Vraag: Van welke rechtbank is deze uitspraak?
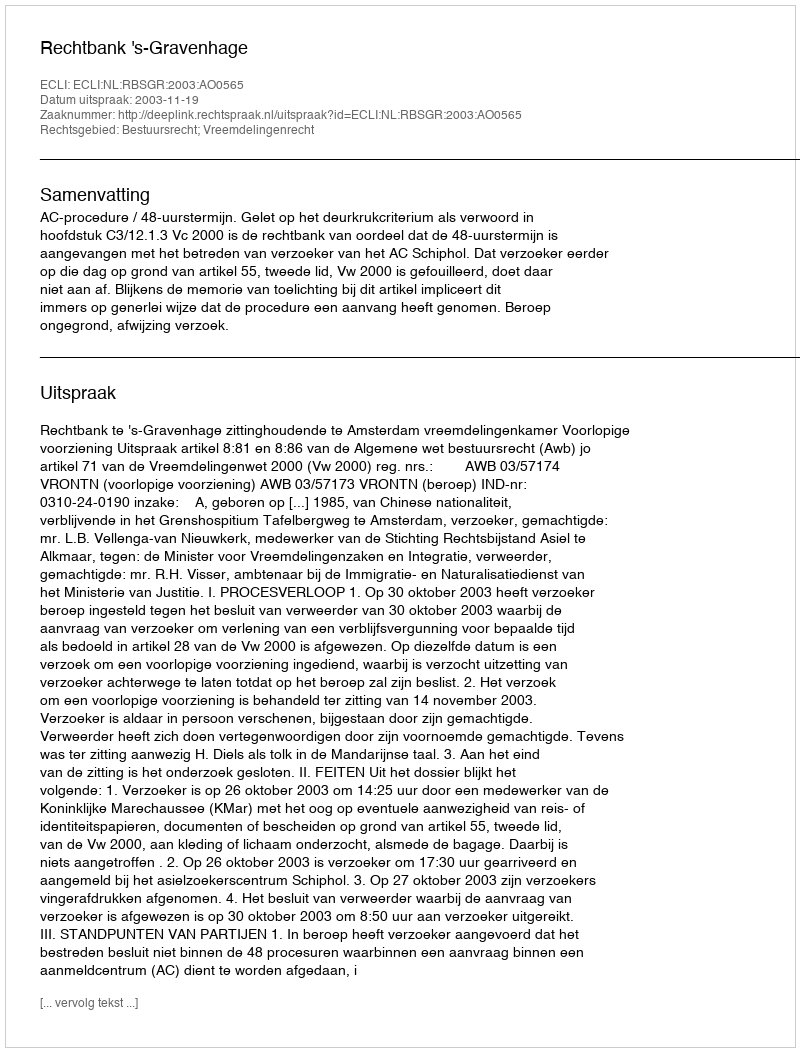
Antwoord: Rechtbank 's-Gravenhage